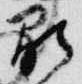
顕